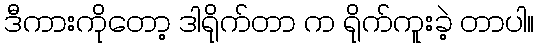
ဒီကားကိုတော့ ဒါရိုက်တာ က ရိုက်ကူးခဲ့ တာပါ။